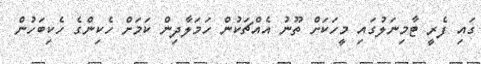
ގައި ފެރީ ޓާމިނަލުގައި މީހަކަށް ތޫނު އެއްޗަކުން ހަމަލާދިން ކަމަށް ހެކިންގެ ހެކިބަހުން